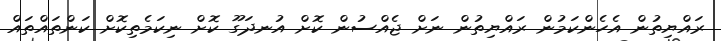
ރައްޔިތުން އެހެންކަމުން ރައްޔިތުން ނަށް ޖެއްސުން ކޮށް އުނދަގޫ ކޮށް ނިކަމެތިކޮށް ކަންތައްތައް